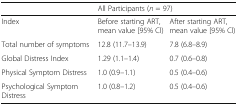
|  | <COLSPAN=2> All Participants (n = 97) |
 | --- | --- | --- |
 | Index | Before starting ART, mean value [95% Cl) | After starting ART, mean value [95% Cl) |
 | Total number of symptoms | 12.8 (11.7–13.9) | 7.8 (6.8–8.9) |
 | Global Distress Index | 1.29 (1.1–1.4) | 0.7 (0.6–0.8) |
 | Physical Symptom Distress | 1.0 (0.9–1.1) | 0.5 (0.4–0.6) |
 | Psychological Symptom Distress | 1.0 (0.8–1.2) | 0.5 (0.4–0.6) |